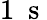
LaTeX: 1\ \mathrm{~s~}